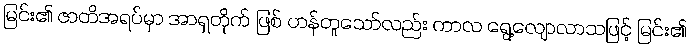
မြင်း၏ ဇာတိအရပ်မှာ အာရှတိုက် ဖြစ် ဟန်တူသော်လည်း ကာလ ရွေ့လျောလာသဖြင့် မြင်း၏